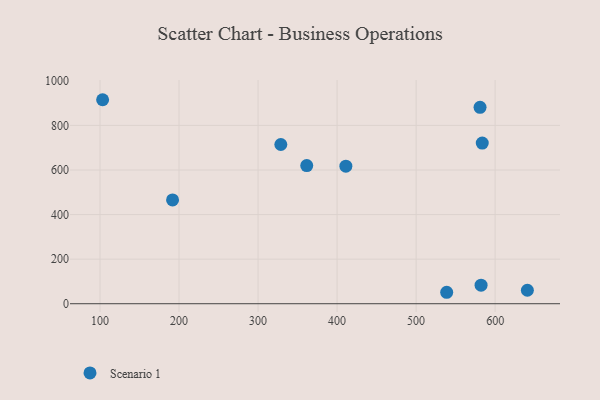
{"axis": {"x": "Price", "y": "Exam Score"}, "legend": ["Scenario 1"], "data": [{"x": "583.7", "y": 720.7, "type": "Scenario 1"}, {"x": "582.2", "y": 83.2, "type": "Scenario 1"}, {"x": "191.8", "y": 465.9, "type": "Scenario 1"}, {"x": "538.7", "y": 51.4, "type": "Scenario 1"}, {"x": "580.9", "y": 881.1, "type": "Scenario 1"}, {"x": "103.3", "y": 915.3, "type": "Scenario 1"}, {"x": "640.8", "y": 60.4, "type": "Scenario 1"}, {"x": "361.6", "y": 619.9, "type": "Scenario 1"}, {"x": "328.8", "y": 714.3, "type": "Scenario 1"}, {"x": "411.1", "y": 617.3, "type": "Scenario 1"}]}